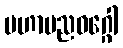
မဟာပညဝဂ္ဂေါ